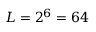
L = 2 ^ { 6 } = 6 4